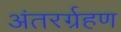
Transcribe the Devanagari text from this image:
अंतरर्ग्रहण